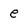
Character: e